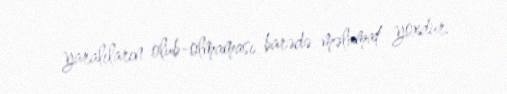
yaralıların olub-olmaması barədə məlumat yoxdur.